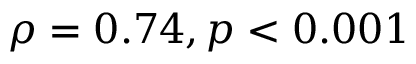
\rho = 0 . 7 4 , p < 0 . 0 0 1